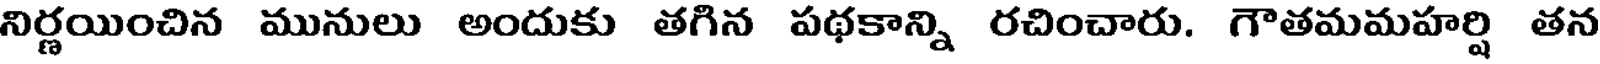
నిర్ణయించిన మునులు అందుకు తగిన పథకాన్ని రచించారు. గౌతమమహర్షి తన